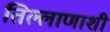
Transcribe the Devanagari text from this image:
तिल्लाणाशी